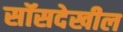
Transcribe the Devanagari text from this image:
सॉसदेखील